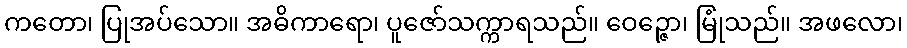
ကတော၊ ပြုအပ်သော။ အဓိကာရော၊ ပူဇော်သက္ကာရသည်။ ဝေဉ္ဇော၊ မြုံသည်။ အဖလော၊